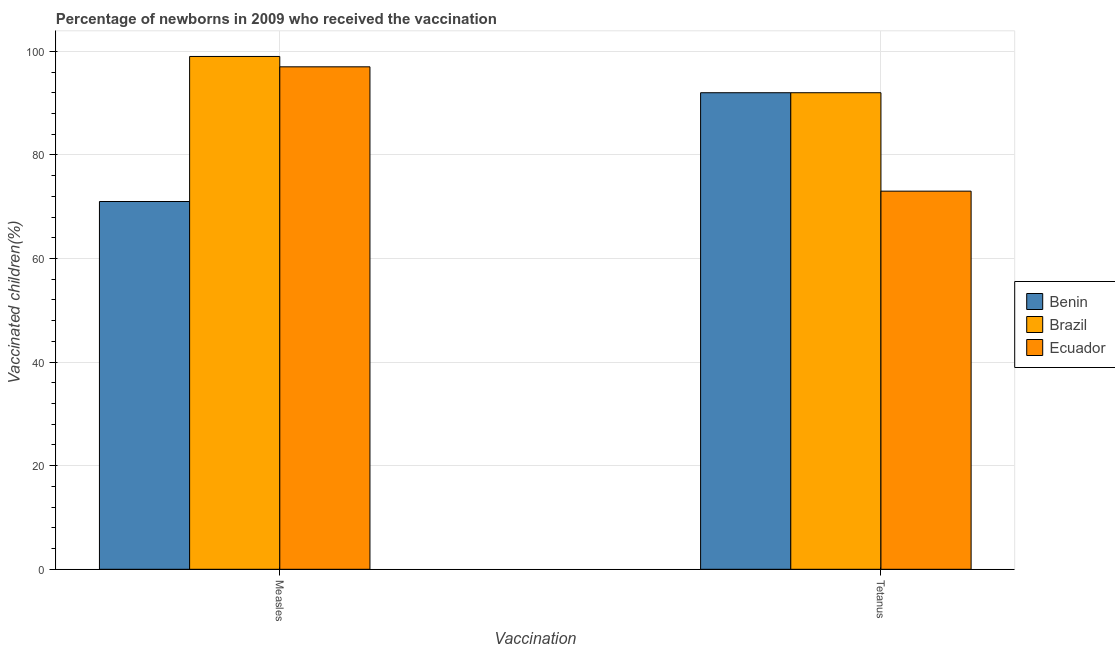
| Vaccination | Benin | Brazil | Ecuador |
 | --- | --- | --- | --- |
 | Measles | 71 | 99 | 97 |
 | Tetanus | 92 | 92 | 73 |